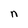
Character: n